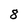
Character: 8